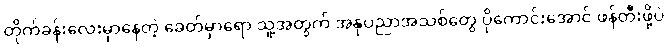
တိုက်ခန်းလေးမှာနေတဲ့ ခေတ်မှာရော သူ့အတွက် အနုပညာအသစ်တွေ ပိုကောင်းအောင် ဖန်တီးဖို့ပဲ